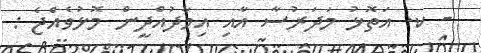
- ކ. އަތޮޅު މަދަރުސާ އާއި އިމާދުއްދީން މޮޅުވެއްޖެ :